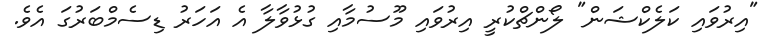
"އިރުވައި ކަލެކްޝަން" ލޯންޗްކުރީ އިރުވައި މޫސުމާއި ގުޅުވާލާ އެ އަހަރު ޑިސެމްބަރުގަ އެވެ.